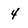
Character: 4